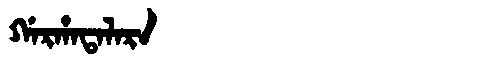
Manchu: ᡤᠠᡵᡥᠠᡨᠠᠯᠠᡵᠠ
Romanization: GARHATALARA